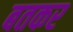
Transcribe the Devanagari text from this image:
बतकर